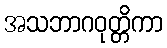
အသဘာဂဝုတ္တိကာ